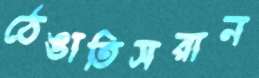
ঠেঙাতিসরান